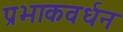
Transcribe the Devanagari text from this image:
प्रभाकवर्धन